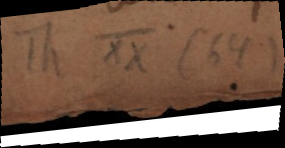
Th XX (64)